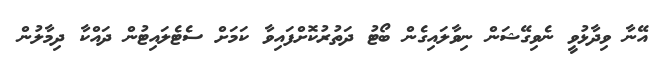
އޭނާ ވިދާޅުވީ ނެވިގޭޝަން ނިވާލައިގެން ބޯޓު ދަތުރުކޮށްފައިވާ ކަމަށް ސެޓެލައިޓުން ދައްކާ ދިމާލުން